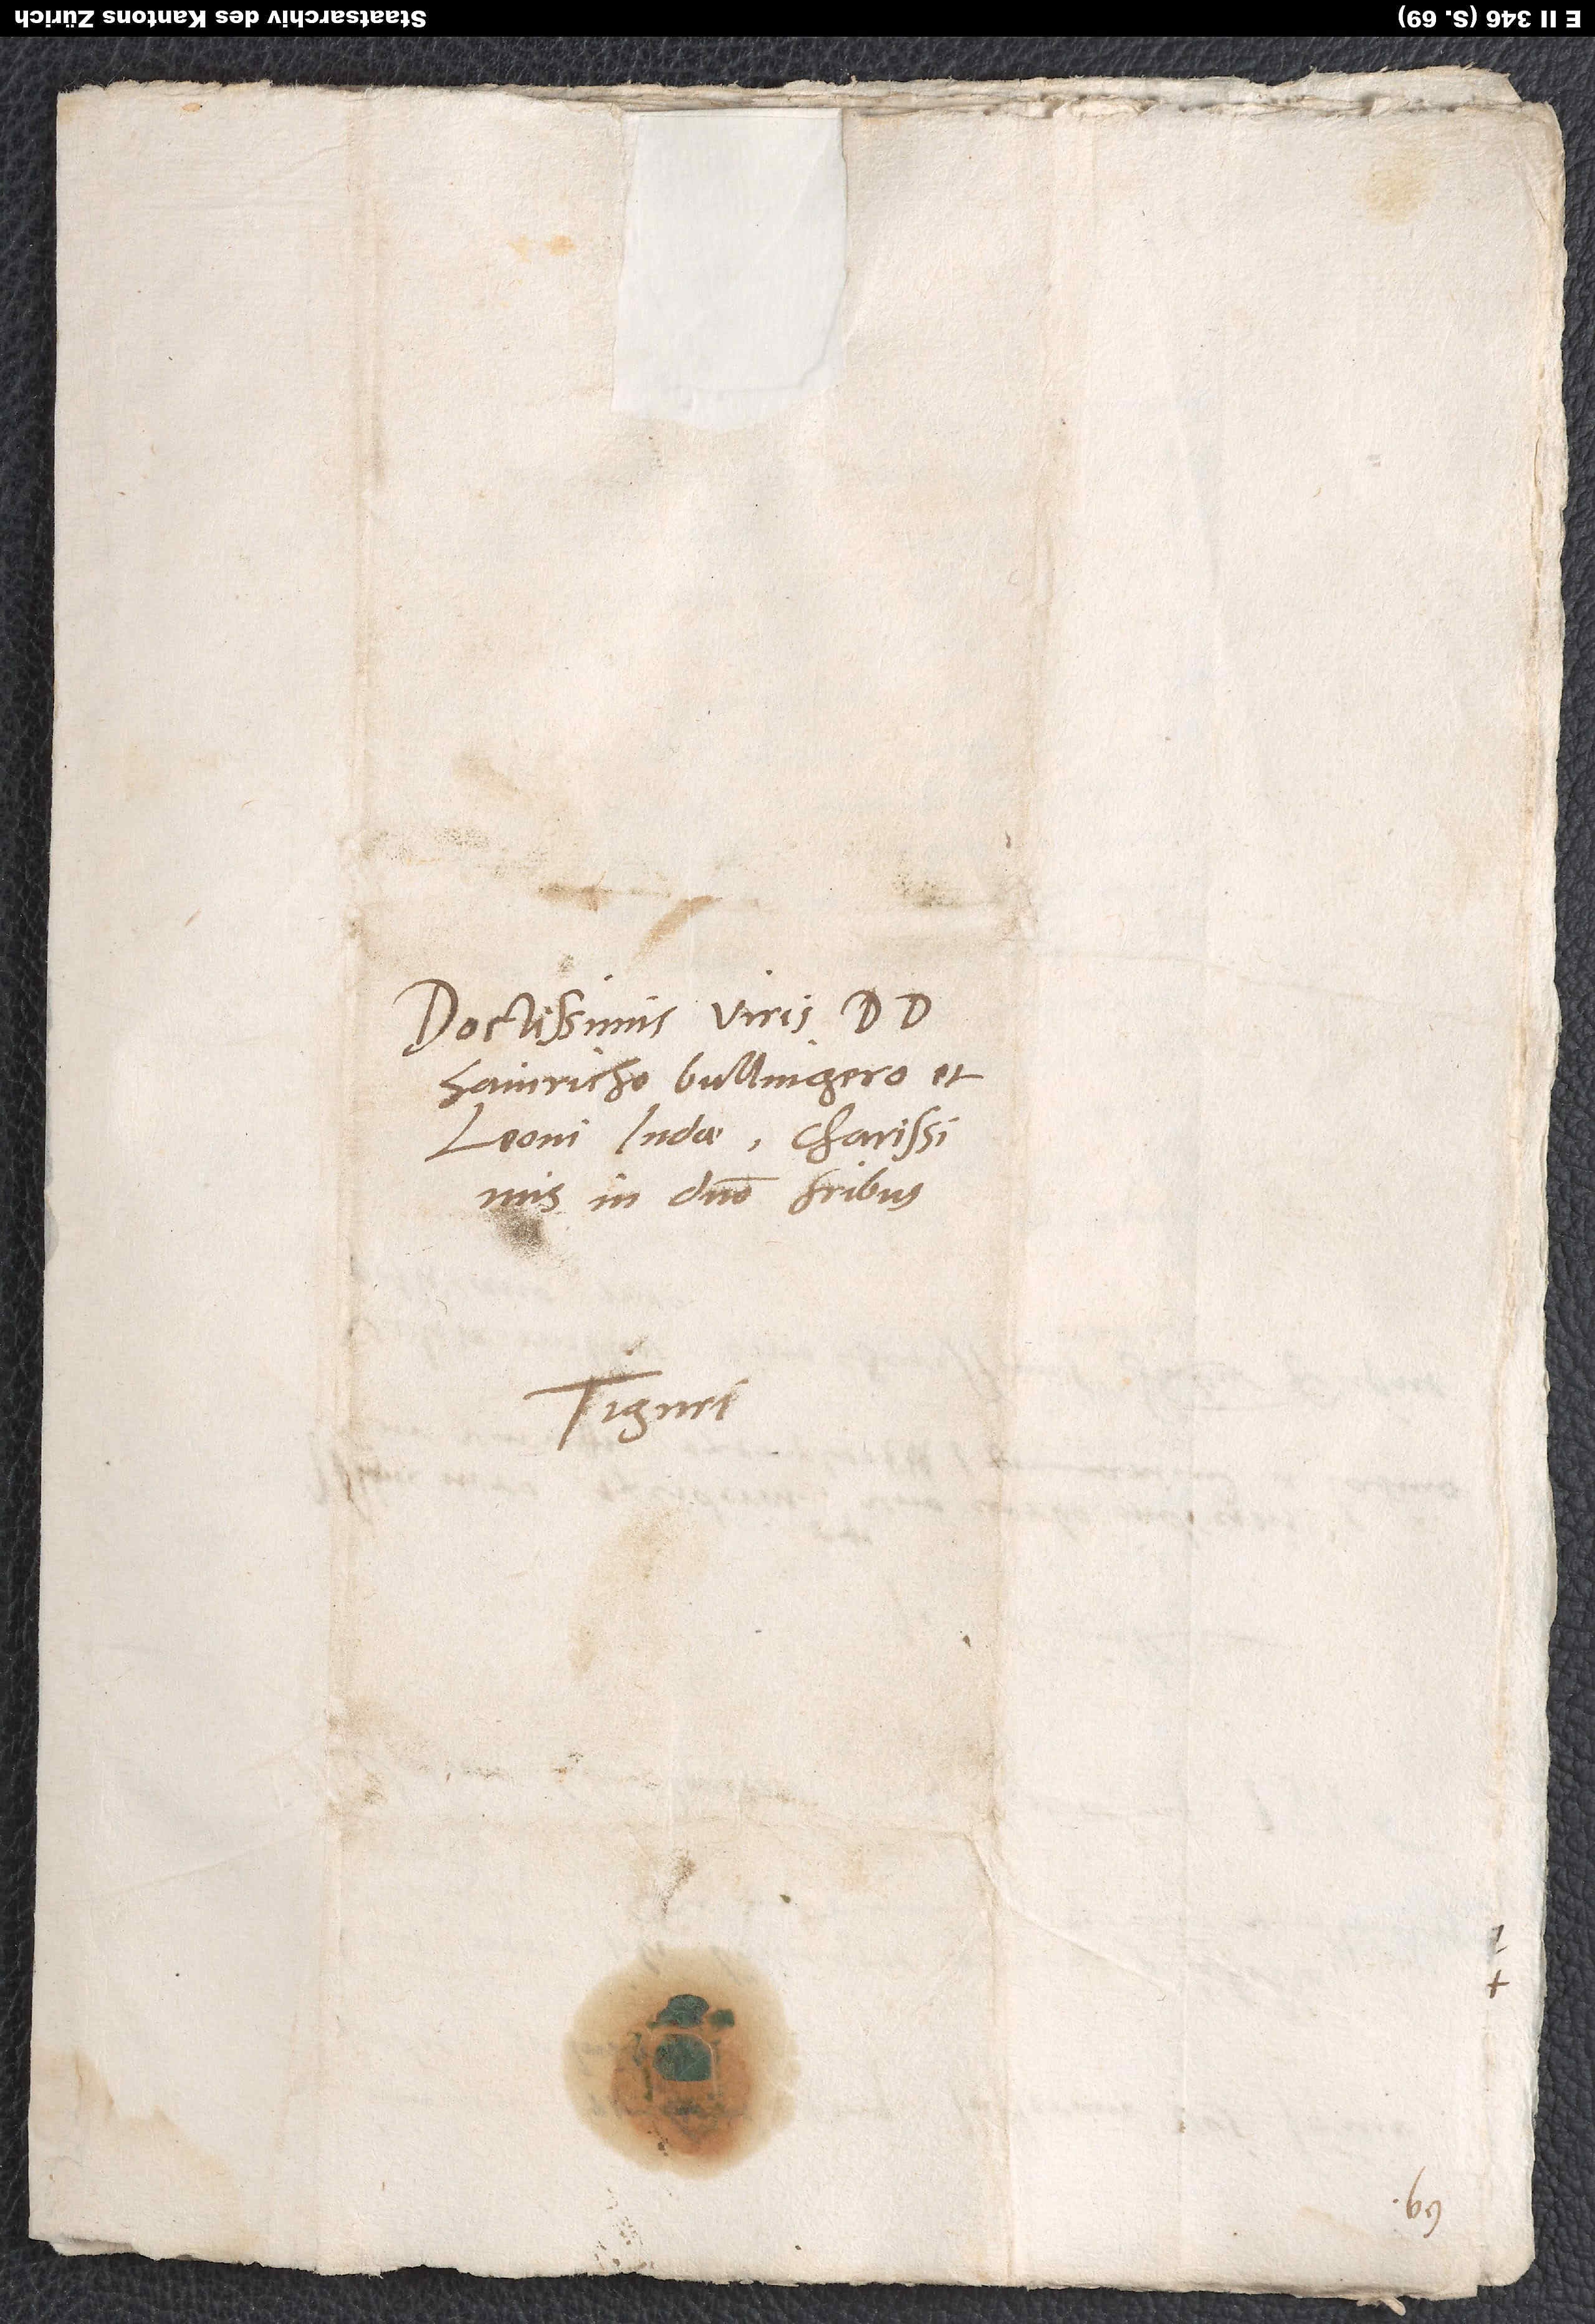
Doctissimis viris d
Hainricho Bullingero et
Leoni Iudae, charissimis
in domino fratribus.
Tiguri.